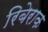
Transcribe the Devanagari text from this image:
रिबेराक